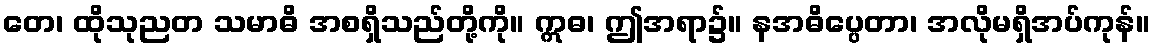
တေ၊ ထိုသုညတ သမာဓိ အစရှိသည်တို့ကို။ ဣဓ၊ ဤအရာ၌။ နအဓိပ္ပေတာ၊ အလိုမရှိအပ်ကုန်။